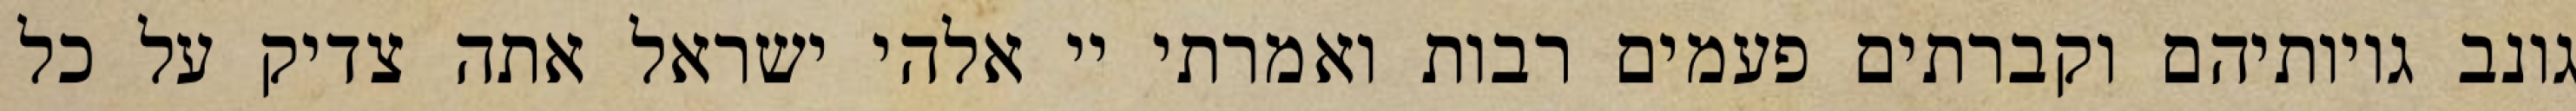
גונב גויותיהם וקברתים פעמים רבות ואמרתי יי אלהי ישראל אתה צדיק על כל